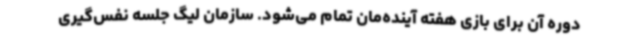
دوره آن برای بازی هفته آینده‌مان تمام می‌شود. سازمان لیگ جلسه نفس‌گیری